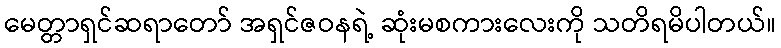
မေတ္တာရှင်ဆရာတော် အရှင်ဇဝနရဲ့ ဆုံးမစကားလေးကို သတိရမိပါတယ်။